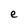
Character: e